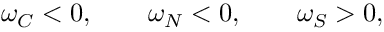
\omega _ { C } < 0 , \qquad \omega _ { N } < 0 , \qquad \omega _ { S } > 0 ,